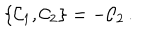
\{ { \cal C } _ { 1 } , { \cal C } _ { 2 } \} = - { \cal C } _ { 2 } \, .